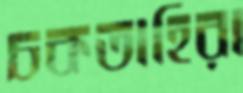
চকতাহিরা